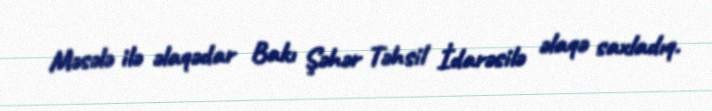
Məsələ ilə əlaqədar Bakı Şəhər Təhsil İdarəsilə əlaqə saxladıq.